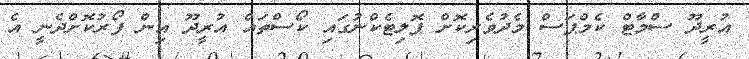
އުރީދޫ ސްމާޓް ކެމްޕަސް މެދުވެރިކޮށް ޕޮލިޓެކްނުގައި ކޯސްތައް އުރީދޫ އިން ފޯރުކޮށްދެނީ އެ